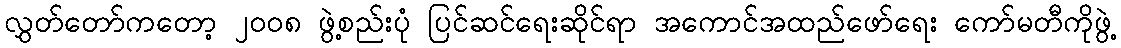
လွှတ်တော်ကတော့ ၂၀၀၈ ဖွဲ့စည်းပုံ ပြင်ဆင်ရေးဆိုင်ရာ အကောင်အထည်ဖော်ရေး ကော်မတီကိုဖွဲ့